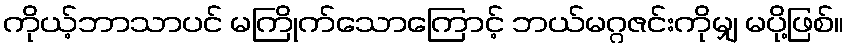
ကိုယ့်ဘာသာပင် မကြိုက်သောကြောင့် ဘယ်မဂ္ဂဇင်းကိုမျှ မပို့ဖြစ်။